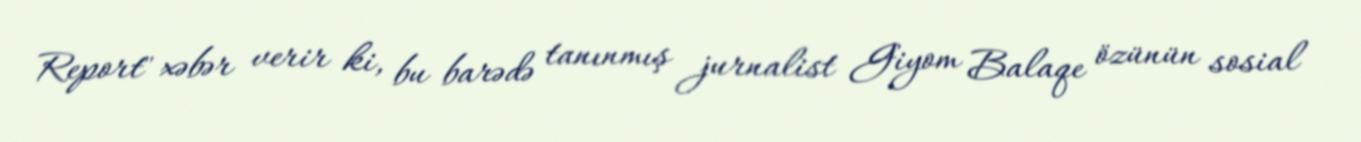
Report" xəbər verir ki, bu barədə tanınmış jurnalist Giyom Balaqe özünün sosial